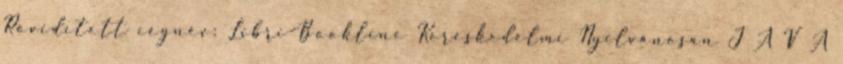
Rövidített cégnév: Libri-Bookline Kereskedelmi Nyilvánosan J A V A